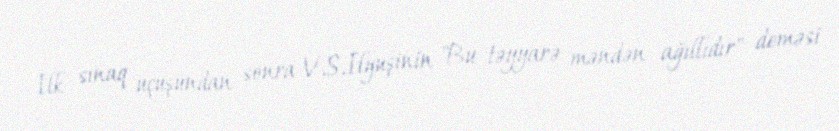
İlk sınaq uçuşundan sonra V.S.İlyuşinin "Bu təyyarə məndən ağıllıdır" deməsi